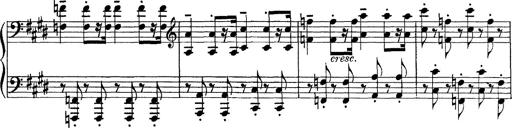
Title: Scherzo und Marsch
Composer: Franz Liszt